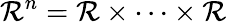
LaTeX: \mathcal{R}^{n}=\mathcal{R}\times\cdots\times\mathcal{R}